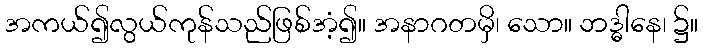
အကယ်၍လွယ်ကုန်သည်ဖြစ်အံ့၍။ အနာဂတမှိ၊ သော။ ဘဒ္ဓါနေ၊ ၌။